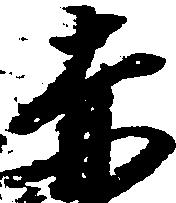
赤